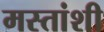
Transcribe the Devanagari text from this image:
मस्तांशी